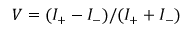
V = ( I _ { + } - I _ { - } ) / ( I _ { + } + I _ { - } )